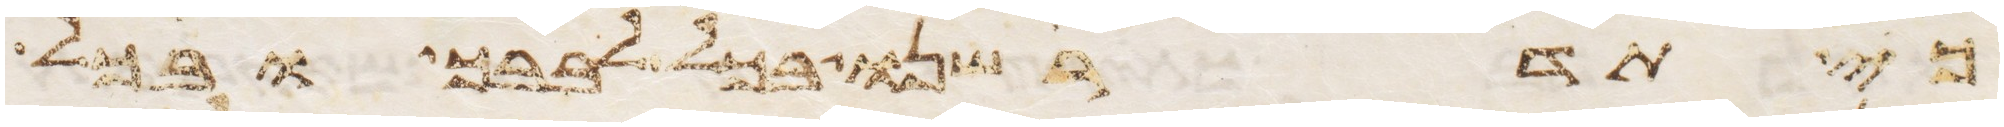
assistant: כי תדרשנו בכל לבבך ובכל